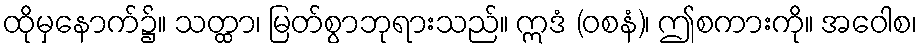
ထိုမှနောက်၌။ သတ္ထာ၊ မြတ်စွာဘုရားသည်။ ဣဒံ (ဝစနံ)၊ ဤစကားကို။ အဝေါစ၊